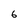
Character: 6